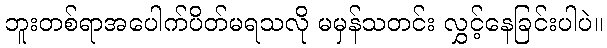
ဘူးတစ်ရာအပေါက်ပိတ်မရသလို မမှန်သတင်း လွှင့်နေခြင်းပါပဲ။